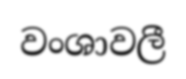
වංශාවලී